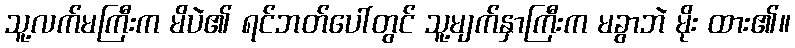
သူ့လက်မကြီးက မိပဲ၏ ရင်ဘတ်ပေါ်တွင် သူ့မျက်နှာကြီးက မခွာဘဲ မိုး ထား၏။